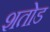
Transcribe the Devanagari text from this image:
शतोड